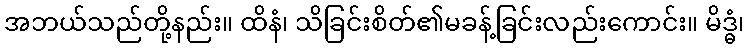
အဘယ်သည်တို့နည်း။ ထိနံ၊ သိခြင်းစိတ်၏မခန့်ခြင်းလည်းကောင်း။ မိဒ္ဓံ၊